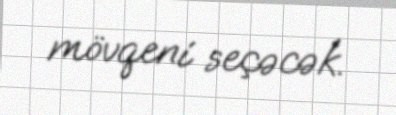
mövqeni seçəcək.